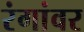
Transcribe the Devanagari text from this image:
रंगांवर